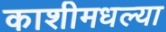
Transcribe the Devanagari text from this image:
काशीमधल्या